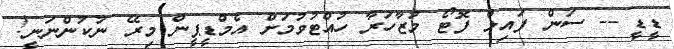
ޑީޑީ -- ސަން ފައިލް ފޮޓޯ މުޒާހަރާ ހުއްޓުވުމަށް އެމްޑީޕީން މިރޭ ނުކުންނަނީ!